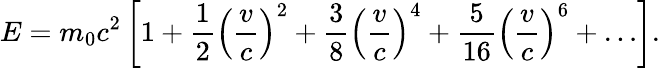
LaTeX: E=m_{0}c^{2}\left[1+{\frac{1}{2}}\left({\frac{v}{c}}\right)^{2}+{\frac{3}{8}}\left({\frac{v}{c}}\right)^{4}+{\frac{5}{16}}\left({\frac{v}{c}}\right)^{6}+\ldots\right].